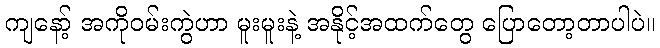
ကျနော့် အကိုဝမ်းကွဲဟာ မူးမူးနဲ့ အနိုင့်အထက်တွေ ပြောတော့တာပါပဲ။